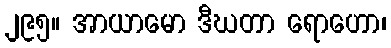
၂၉၅။ အာယာမော ဒီဃတာ ရောဟော၊